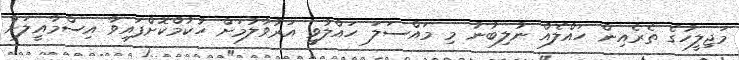
މަޖިލީހުގެ ތެރެއިން ހައްލެއް ނުލިބުނު މި މައްސަލަ ހައްލުވީ އަރުވާލުމަށް ހުކުމްކޮށްފައިވާ އިސްމާއީލަށް